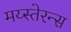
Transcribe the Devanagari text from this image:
मय्स्तेरन्स